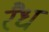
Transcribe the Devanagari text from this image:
रैध